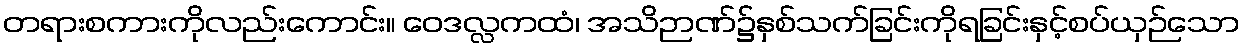
တရားစကားကိုလည်းကောင်း။ ဝေဒလ္လကထံ၊ အသိဉာဏ်၌နှစ်သက်ခြင်းကိုရခြင်းနှင့်စပ်ယှဉ်သော